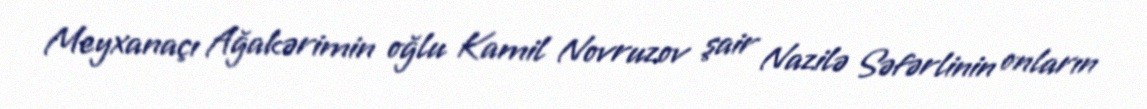
Meyxanaçı Ağakərimin oğlu Kamil Novruzov şair Nazilə Səfərlinin onların